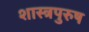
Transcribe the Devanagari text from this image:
शास्त्रपुरुष